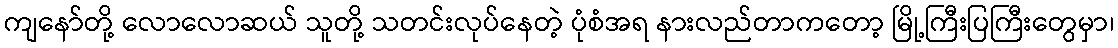
ကျနော်တို့ လောလောဆယ် သူတို့ သတင်းလုပ်နေတဲ့ ပုံစံအရ နားလည်တာကတော့ မြို့ကြီးပြကြီးတွေမှာ၊